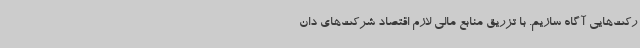
رکت‌هایی آگاه سازیم. با تزریق منابع مالی لازم اقتصاد شرکت‌های دان